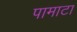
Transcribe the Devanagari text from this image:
पामाटा